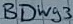
Text: BDWg3